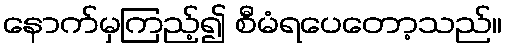
နောက်မှကြည့်၍ စီမံရပေတော့သည်။